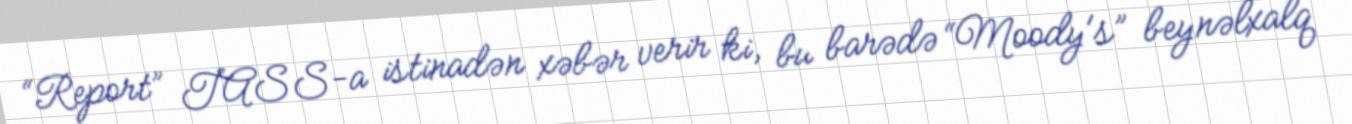
“Report” TASS-a istinadən xəbər verir ki, bu barədə “Moody's” beynəlxalq